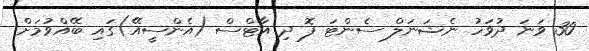
30 ވަނަ ދުވަހު ނެޝަނަލް ސެންޓަ ފޮ ދި އާޓްސް (އެންސީއޭ)ގައި ބޭއްވުމަށް